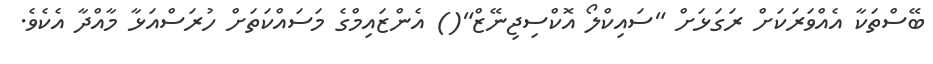
ބޭސްތަކާ އެއްވަރަކަށް ރަގަޅަށް "ސައިކްލޯ އޮކްސިޖިނޭޒް"() އެންޒައިމްގެ މަސައްކަތަށް ހުރަސްއަޅާ މާއްދާ އެކެވެ.